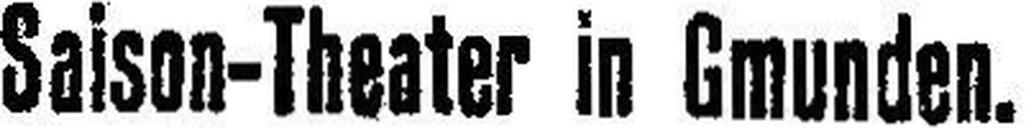
Saison-Theater in Gmunden.